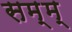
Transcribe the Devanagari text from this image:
सम्म्